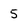
Character: 5